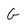
Character: G